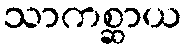
သာကစ္ဆာယ